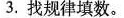
3.找规律填数